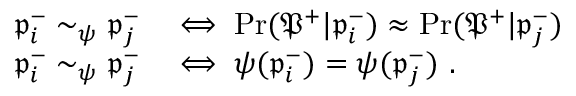
\begin{array} { r l } { \mathfrak { p } _ { i } ^ { - } \sim _ { \psi } \mathfrak { p } _ { j } ^ { - } } & { \iff \operatorname* { P r } ( \mathfrak { P } ^ { + } | \mathfrak { p } _ { i } ^ { - } ) \approx \operatorname* { P r } ( \mathfrak { P } ^ { + } | \mathfrak { p } _ { j } ^ { - } ) } \\ { \mathfrak { p } _ { i } ^ { - } \sim _ { \psi } \mathfrak { p } _ { j } ^ { - } } & { \iff \psi ( \mathfrak { p } _ { i } ^ { - } ) = \psi ( \mathfrak { p } _ { j } ^ { - } ) ~ . } \end{array}